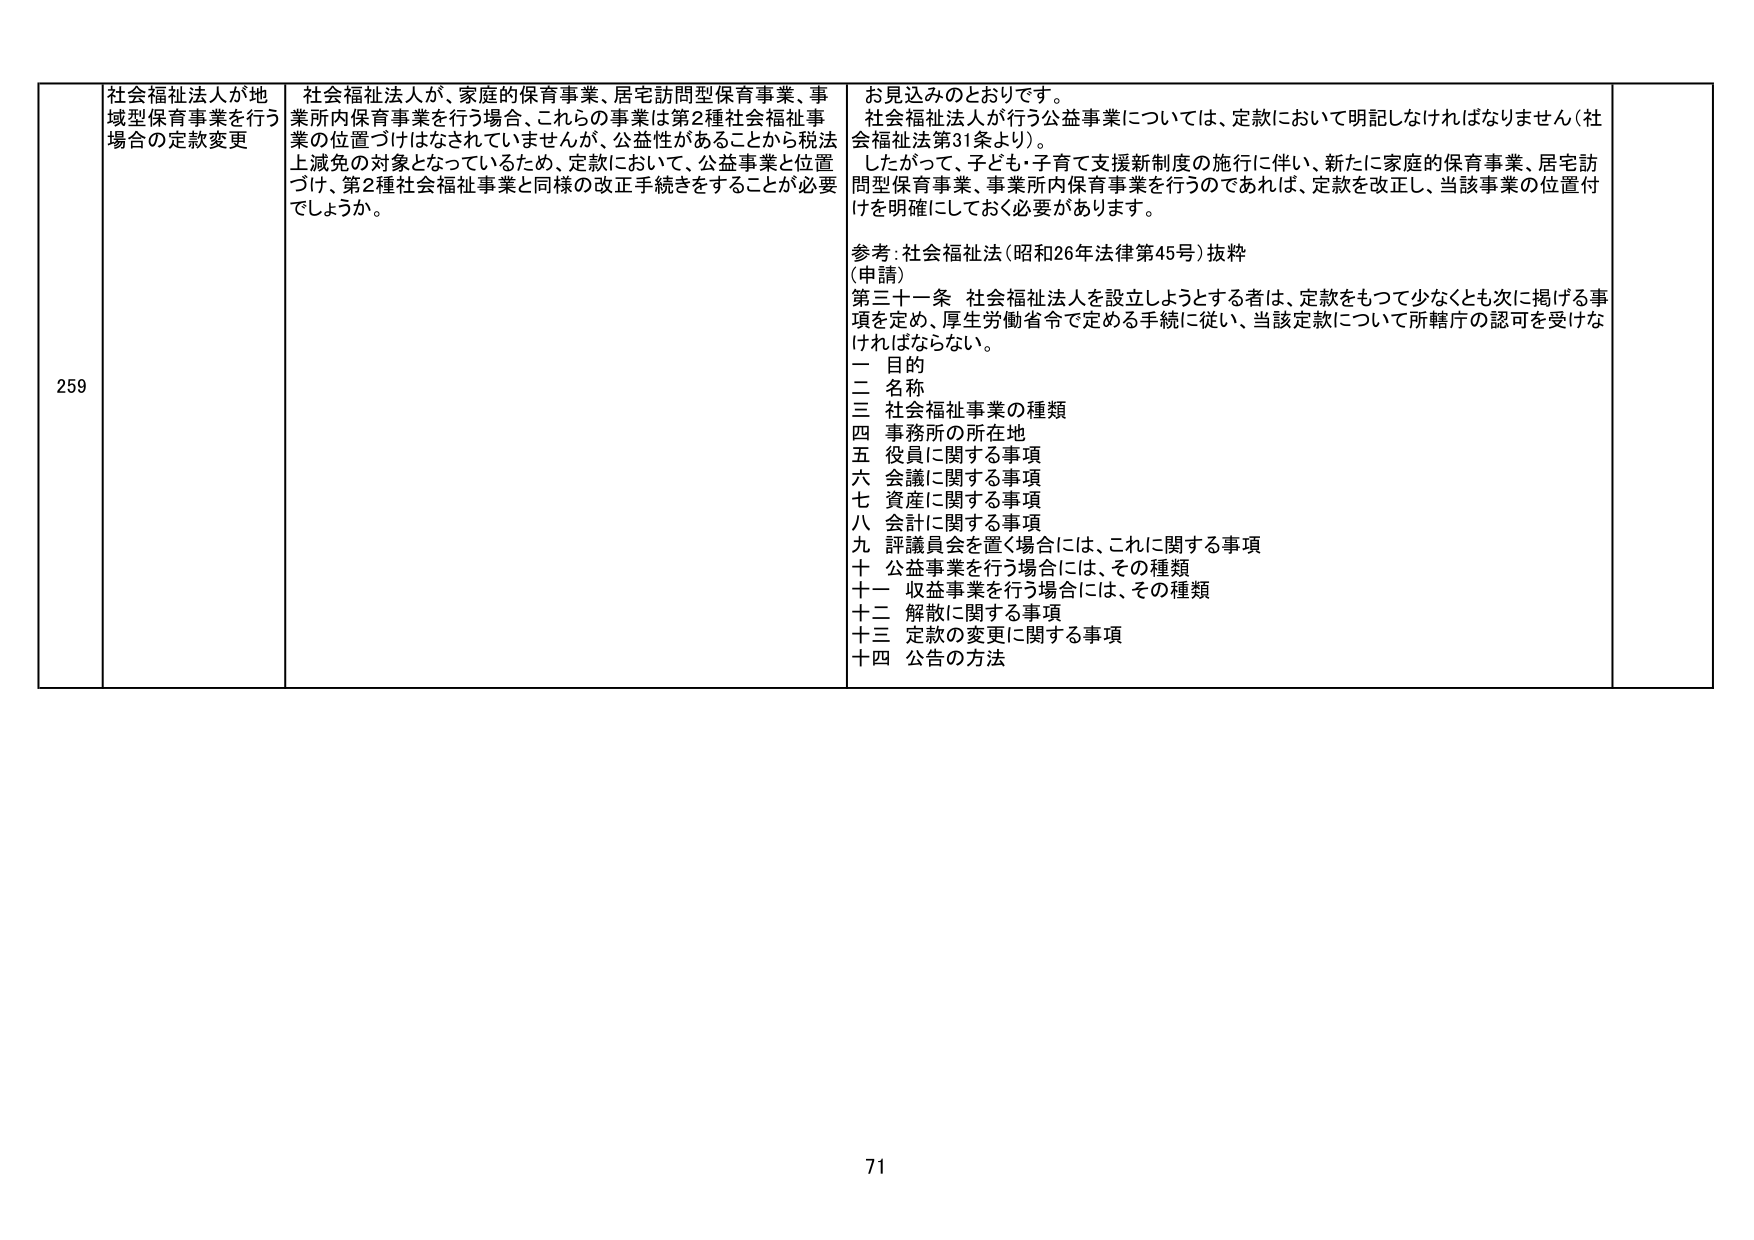
259
社会福祉法人が地域型保育事業を行う場合の定款変更
社会福祉法人が、家庭の保育事業、住宅訪問型保育事業、事業所内保育事業を行う場合、これらの事業は第2種社会福祉事業の位置づけはなされていませんが、公益性があることから税法上減免の対象となっているため、定款において、公益事業と位置づけ、第2種社会福祉事業と同様の改正手続きをすることが必要でしょうか。
お見込みのとおりです。
社会福祉法人が行う公益事業については、定款において明記しなければなりません（社会福祉法第31条より）。
したがって、子ども・子育て支援新制度の施行に伴い、新たに家庭の保育事業、住宅訪問型保育事業、事業所内保育事業を行うのであれば、定款を改正し、当該事業の位置付けを明確にしておく必要があります。
参考：社会福祉法（昭和26年法律第45号）抜粋
（申請）
第三十一条 社会福祉法人を設立しようとする者は、定款をもつて少なくとも次に掲げる事項を定め、厚生労働省令で定める手続に従い、当該定款について所轄庁の認可を受けなければならない。
一 目的
二 名称
三 社会福祉事業の種類
四 事務所の所在地
五 役員に関する事項
六 会議に関する事項
七 資産に関する事項
八 会計に関する事項
九 評議員会を置く場合には、これに関する事項
十 公益事業を行う場合には、その種類
十一 収益事業を行う場合には、その種類
十二 解散に関する事項
十三 定款の変更に関する事項
十四 公告の方法
71